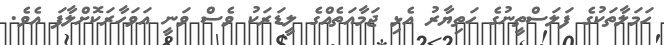
ހަމަލާތަކުގެ ފަލަސްތީނުގެ ހަތިޔާރު އެޅި ޖަމާއަތެއްގެ ލީޑަރަކު ވެސް ވަނީ އަވަހާރަކޮށްލާފަ އެވެ.